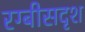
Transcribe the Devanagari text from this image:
रग्बीसदृश